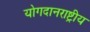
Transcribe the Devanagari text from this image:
योगदानराष्ट्रीय